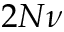
2 N \nu